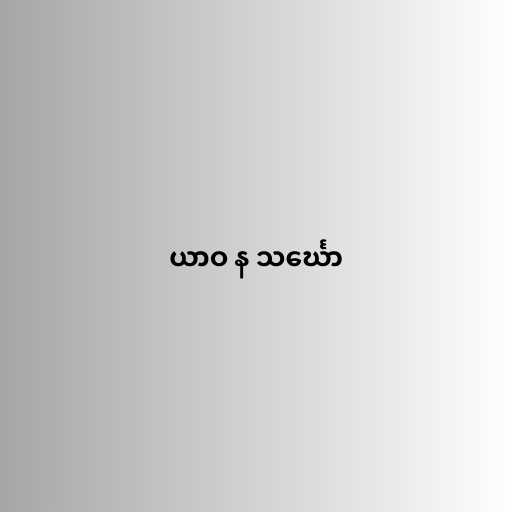
ယာဝ န သင်္ဃော